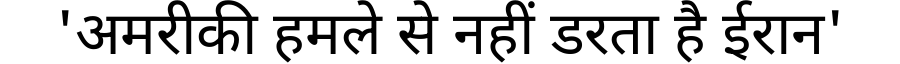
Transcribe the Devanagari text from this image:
'अमरीकी हमले से नहीं डरता है ईरान'